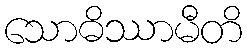
သောဓိဿာမီတိ